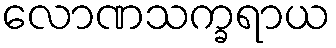
လောဏသက္ခရာယ